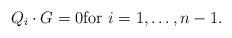
LaTeX: \begin{align*}Q_{i}\cdot G=0\mathrm{for}\ i=1,\ldots,n-1.\end{align*}